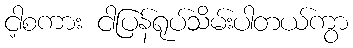
ငါ့စကား ငါပြန်ရုပ်သိမ်းပါတယ်ကွာ